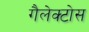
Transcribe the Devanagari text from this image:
गैलेक्टोस